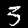
Digit: 3